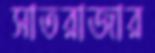
সাতরাজার